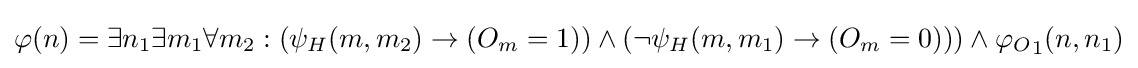
\varphi (n)=\exists n_{1}\exists m_{1}\forall m_{2}:(\psi _{H}(m,m_{2})\rightarrow (O_{m}=1))\land (\lnot \psi _{H}(m,m_{1})\rightarrow (O_{m}=0)))\land {\varphi _{O}}_{1}(n,n_{1})